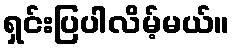
ရှင်းပြပါလိမ့်မယ်။